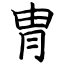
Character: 冑